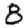
Digit: 8